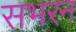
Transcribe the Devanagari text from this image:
सभरन